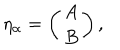
\eta _ { \alpha } = \left( \begin{array} { c } { { A } } \\ { { B } } \\ \end{array} \right) ,